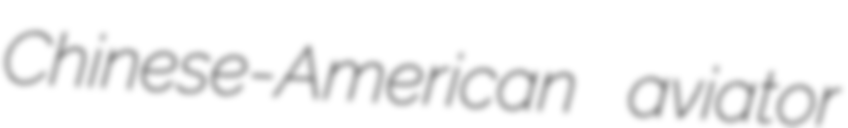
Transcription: Chinese-American aviator